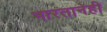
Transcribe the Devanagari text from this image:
भारतानेही